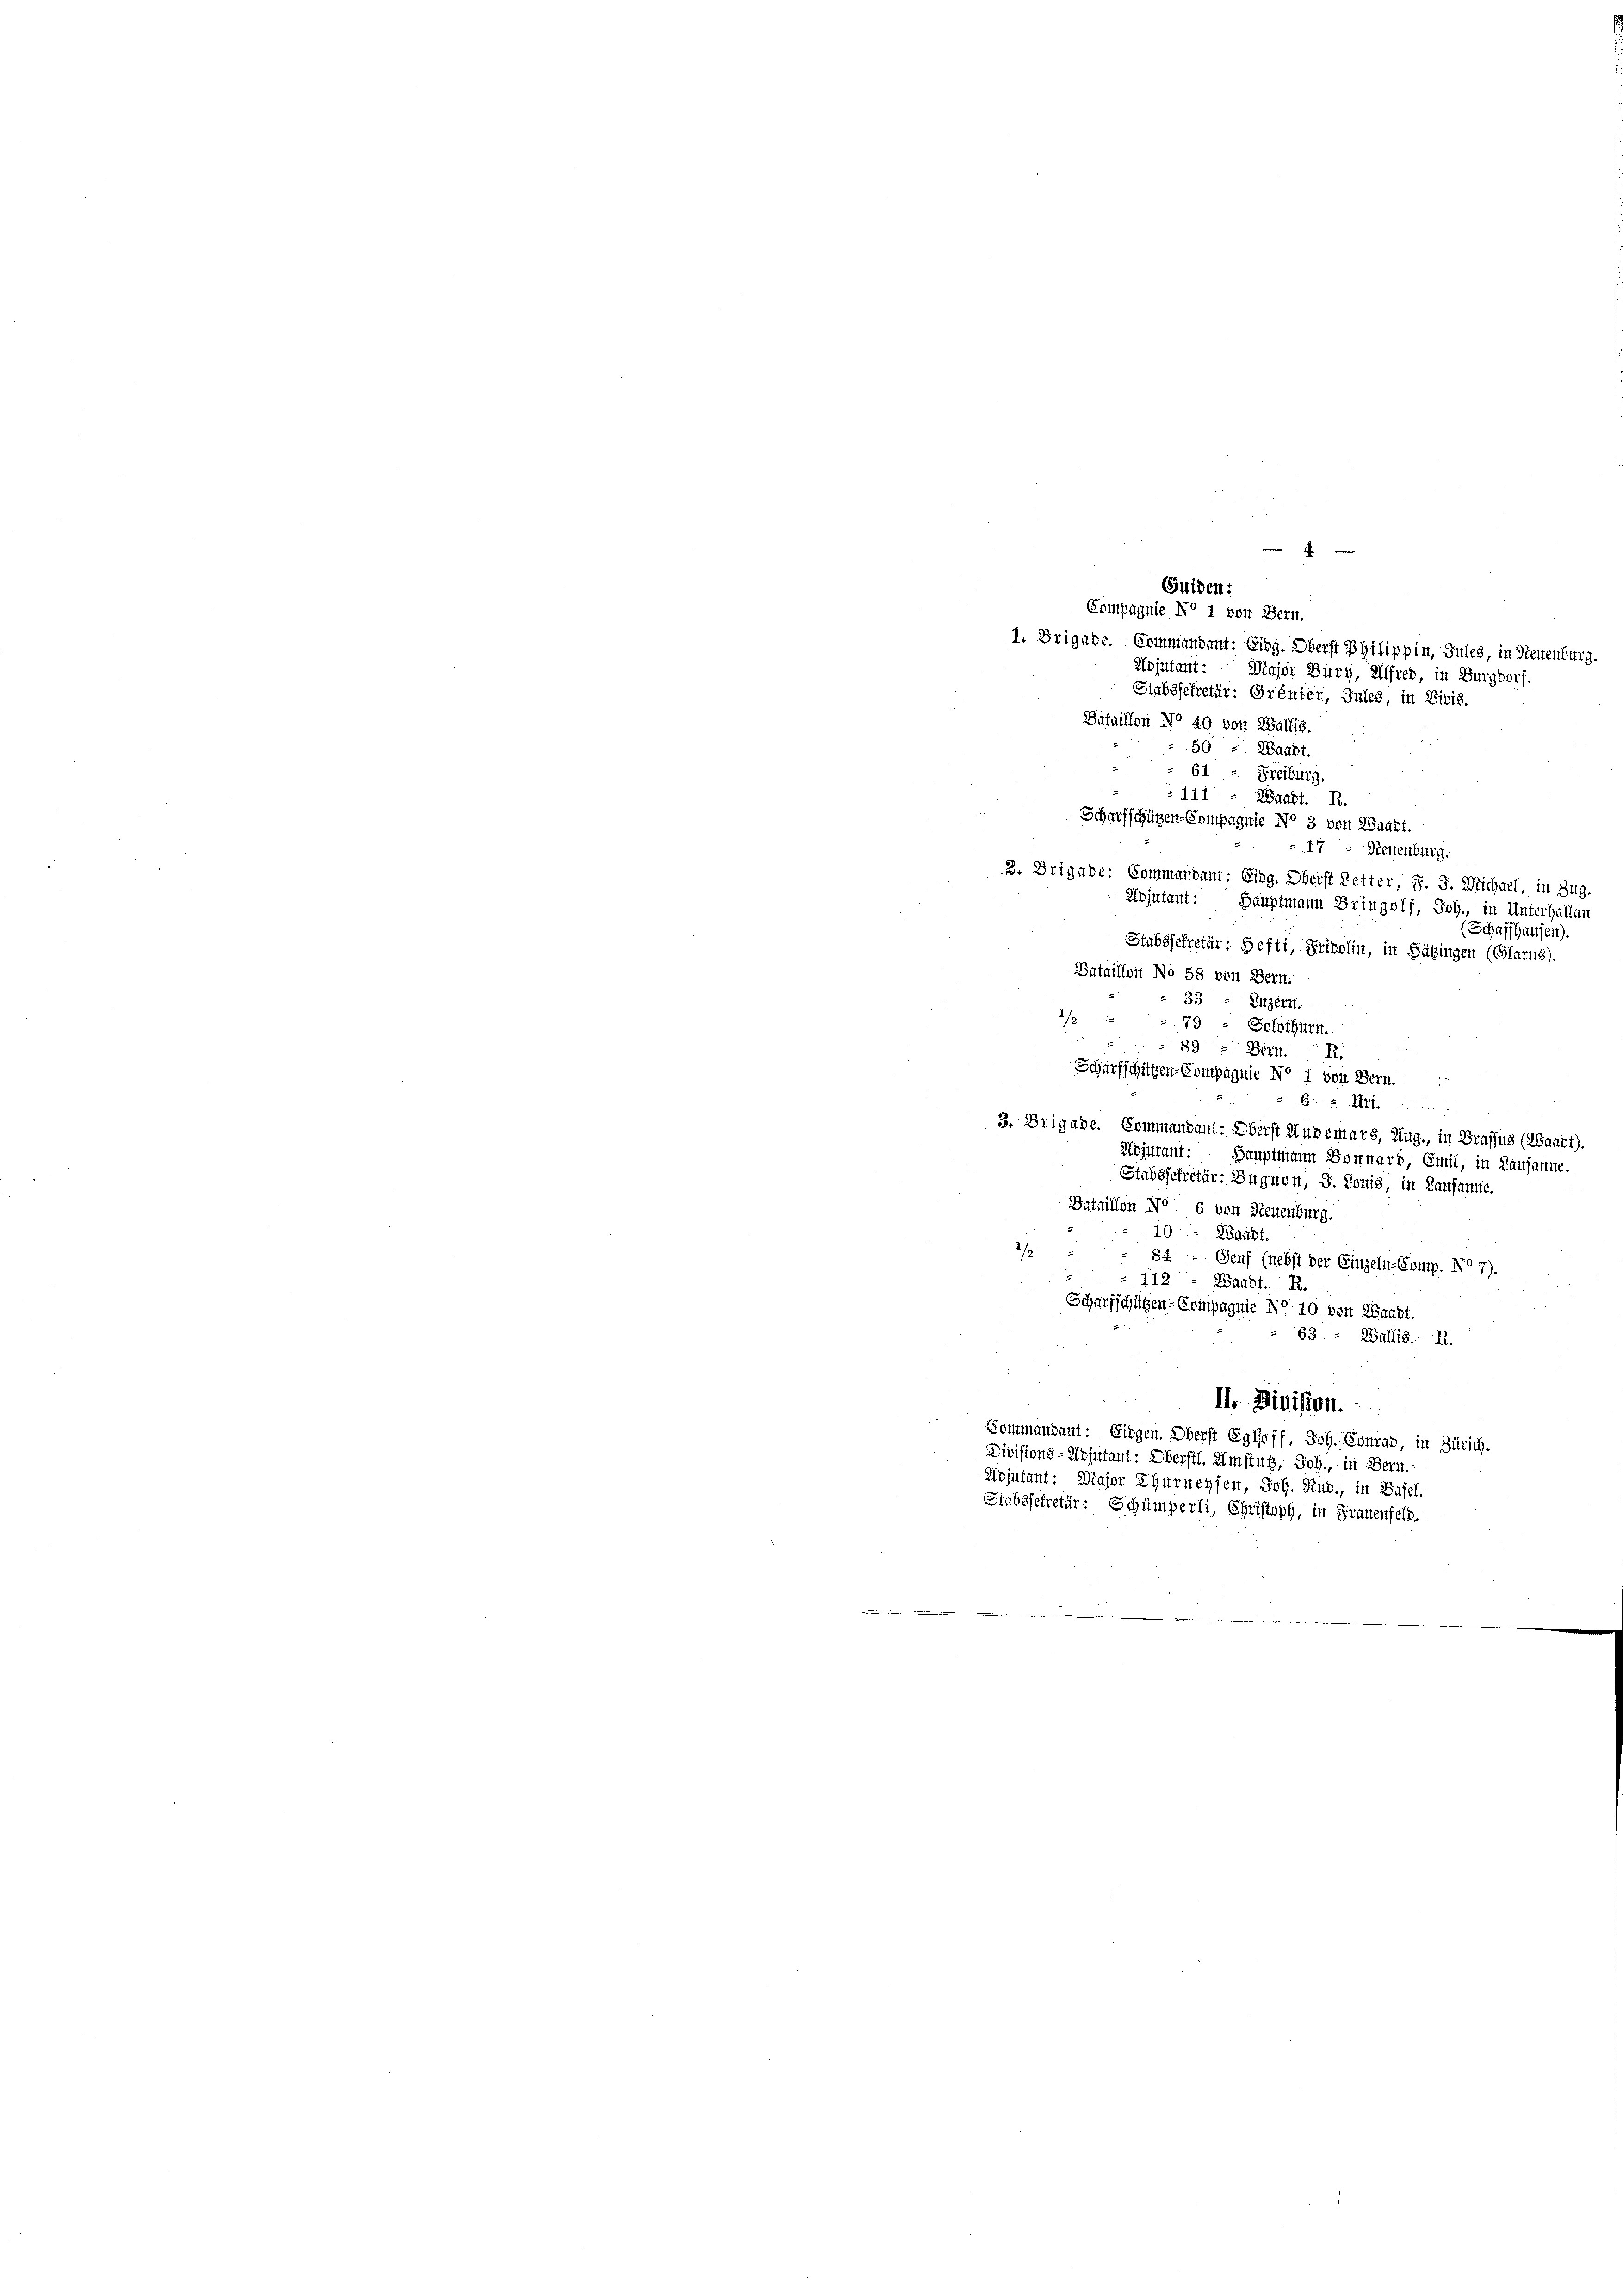
Compagnie No 1 von Bern.
1. Brigade. Commandant: Eing. Oberst Philippin, Jules, in Neuenburg.
Adjutant: Major Burg, Alfred, in Burgdorf.
Stabssekretär: Prénier, Jules, in Divis.
Bataillon No 40 von Wallis,
Stabssekretär: Hefti, Fridolin, in Sätzingen (Glarus).
Bataillon No 58 von Bern.
33
Litzerst
2
79 : Solothurn.
893. Bern.
Scharfschützen-Compagnie No 1 von Bern.
62 Art.
3. Brigade. Commandant: Oberst Andemars, Aug., in Grafsus (Waadt).
Adjutant: Hauptmann Sonnard, Emil, in Lausanne.
Stabssekretär: Zugnen, J. Louis, in Lausanne.
Dataillon No 6 von Neuenburg.
76
Waadt.
2/3
84 - Genf (nebst der Einzeln-Comp. No 7).
112. - Waadt. R.
Scharfschützen-Compagnie No 10 von Waadt
 63 - Wallis. R.
II. Division.
Kommandant: Eingen. Oberst Egloff, Joh. Conrad, in Zürich.
Divisions-Adjutant: Oberstl. Umstutz, Joh., in Bern.
Adjutant: Major Thurneyfen, Joh. Rud., in Basel.
Stabssekretär: Schümperli, Christoph, in Frauenfeld.

59
“ Waadt.
61. - Freiburg.
 111 : Waadt. B.
Scharfschützen-Compagnie No 3 von Waadt.
3. Brigade: Commandant: Eidg. Oberst Zetter, S. J. Michael, in Zug.

Guiden:

17 - Neuenburg.
Adjutant: Hauptmann Bringolf, Joh., in Unterhallen
(Schaffhausen).